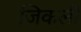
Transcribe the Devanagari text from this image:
जिकली